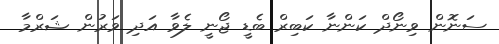
ސަނޮން ވިނޯދް ކަންނާ ކަބިރް ބެޑީ ޖޯނީ ލެވާ އަދި ވަރުން ޝަރްމާ